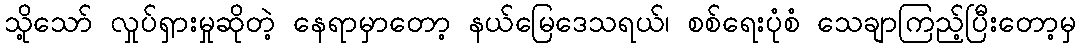
သို့သော် လှုပ်ရှားမှုဆိုတဲ့ နေရာမှာတော့ နယ်မြေဒေသရယ်၊ စစ်ရေးပုံစံ သေချာကြည့်ပြီးတော့မှ